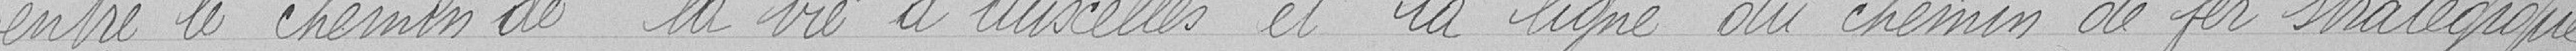
entre le chemin de la vie d'Auxelles et la ligne du chemin de fer stratégique